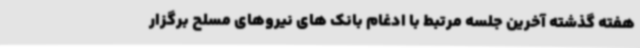
هفته گذشته آخرین جلسه مرتبط با ادغام بانک های نیروهای مسلح برگزار